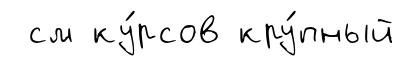
см ку́рсов кру́пный